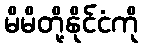
မိမိတို့နိုင်ငံကို